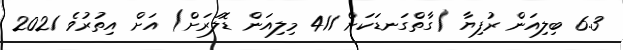
6.3 ބިލިއަން ރުފިޔާ (ގާތްގަނޑަކަށް 411 މިލިއަން ޑޮލަރަށް) އަށް އިތުރުވެ 2021